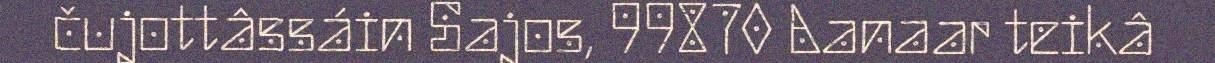
čujottâssáin Sajos, 99870 Aanaar teikâ